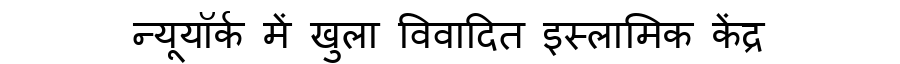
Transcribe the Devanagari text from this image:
न्यूयॉर्क में खुला विवादित इस्लामिक केंद्र